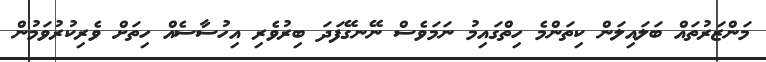
މަންޒަރުތައް ބަލައިލަން ކިތަންމެ ހިތްގައިމު ނަމަވެސް ނޭނގޭފަދަ ބިރުވެރި އިހުސާސެއް ހިތަށް ވެރިކުރުވަމުން